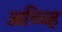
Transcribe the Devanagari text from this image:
अच्च्हि